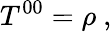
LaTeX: T^{00}=\rho~,